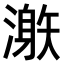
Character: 𣽜